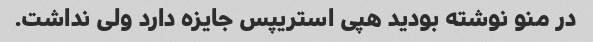
در منو نوشته بودید هپی استریپس جایزه دارد ولی نداشت.